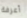
أعرفة